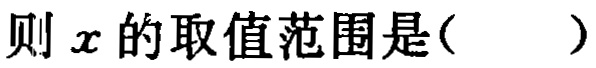
则 \(x\) 的取值范围是(  )